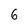
Character: 6